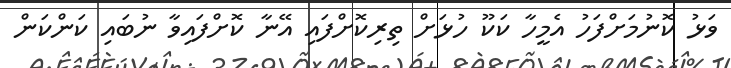
ވަޅު ކޮނުމަށްފަހު އެމީހާ ކަކޫ ހުޅަށް ތިރިކޮށްފައި އޭނާ ކޮށްފައިވާ ނުބައި ކަންކަން